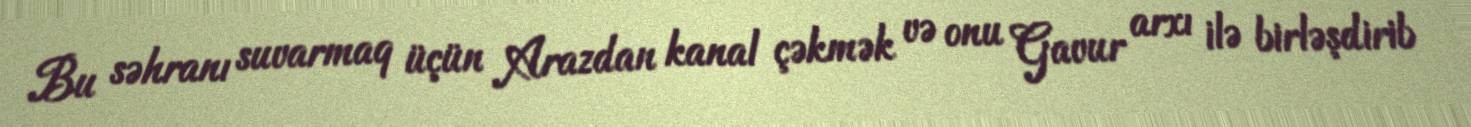
Bu səhranı suvarmaq üçün Arazdan kanal çəkmək və onu Gavur arxı ilə birləşdirib